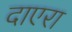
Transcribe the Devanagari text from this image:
दाएरा